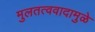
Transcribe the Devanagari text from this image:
मुलतत्ववादामुळे